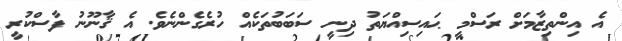
އެ އިންތިޒާމަށް ރަސްމީ ޙައިސިއްޔަތު ދިނީ ސަބަބުތަކެއް ހުރެގެންނެވެ. އެ ޤާނޫނު ފާސްކުރީ